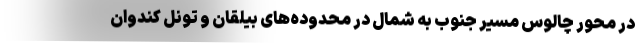
در محور چالوس مسیر جنوب به شمال در محدوده‌های بیلقان و تونل کندوان